Indian journal of veterinary science and animal husbandry - Volume 6,
Year: 1936
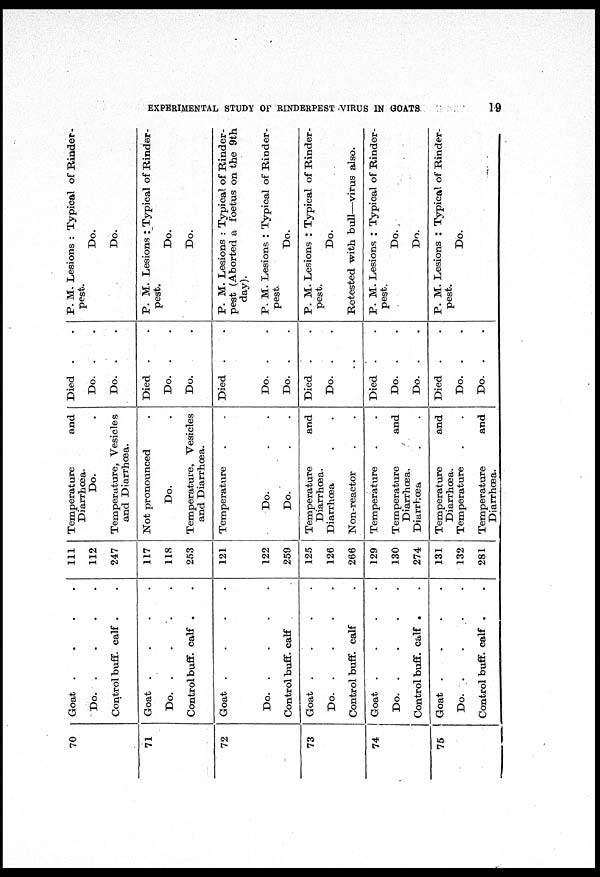
EXPERIMENTAL STUDY OF RINDERPEST VIRUS IN GOATS.
19
70
71
72
73
74
75
Goat
.
.
.
.
Do.
.
.
.
.
Control buff. calf . .
Goat
.
.
.
.
Do.
.
.
.
.
Control buff. calf . .
Goat
.
.
.
.
Do.
.
.
.
.
Control buff. calf
Goat
.
.
.
.
Do.
.
.
.
.
Control buff. calf .
Goat
.
.
.
.
Do.
.
.
.
.
Control buff. calf . .
Goat
.
.
.
.
Do.
.
.
.
.
Control buff. calf . .
111
112
247
117
118
253
121
122
259
125
126
266
129
130
274
131
132
281
Temperature and
Diarrhœa.
Do.
.
Temperature, Vesicles
and Diarrhœa.
Not pronounced
.
Do. .
Temperature, Vesicles
and Diarrhœa.
Temperature
.
.
Do. . .
Do.
.
.
Temperature and
Diarrhœa.
Diarrhœa . .
Non-reactor . .
Temperature
.
.
Temperature and
Diarrhœa.
Diarrhœa . .
Temperature and
Diarrhœa.
Temperature . .
Temperature
and
Diarrhœa.
Died . .
Do. .
Do. .
Died . .
Do. . .
Do. .
Died . .
Do. . .
Do. . .
Died . .
Do. .
.
Died . .
Do. . .
Do. . .
Died . .
Do. . .
Do. . .
P. M. Lesions : Typical of Rinder-
pest.
Do.
Do.
P. M. Lesions : Typical of Rinder-
pest.
Do.
Do.
P. M. Lesions : Typical of Rinder-
pest (Aborted a foetus on the 9th
day).
P. M. Lesions : Typical of Rinder-
pest.
Do.
P. M. Lesions : Typical of Rinder-
pest.
Do.
Retested with bull—virus also.
P. M. Lesions : Typical of Rinder-
pest.
Do.
Do.
P. M. Lesions : Typical of Rinder-
pest.
Do.